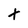
Character: t